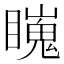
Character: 𥋳